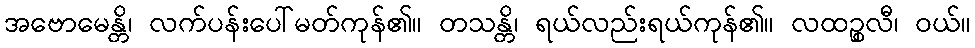
အဗောမေန္တိ၊ လက်ပန်းပေါ်မတ်ကုန်၏။ တသန္တိ၊ ရယ်လည်းရယ်ကုန်၏။ လထဉ္စလီ၊ ဝယ်။